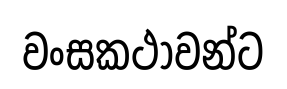
වංසකථාවන්ට